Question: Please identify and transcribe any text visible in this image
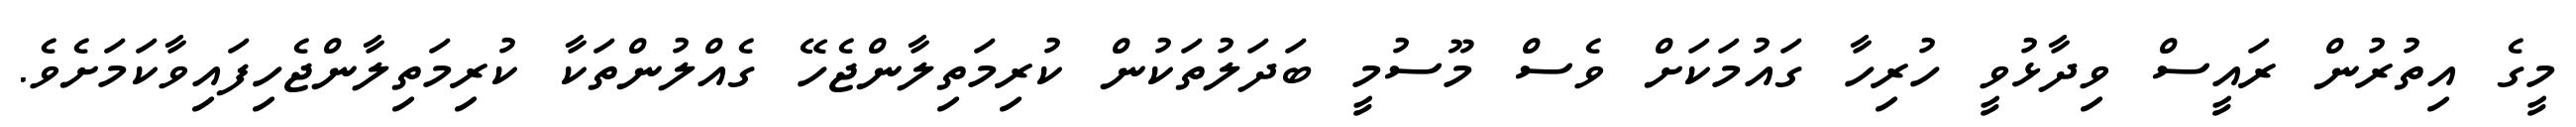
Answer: މީގެ އިތުރުން ރައީސް ވިދާޅުވީ ހުރިހާ ގައުމަކަށް ވެސް މޫސުމީ ބަދަލުތަކުން ކުރިމަތިލާންޖެހޭ ގެއްލުންތަކާ ކުރިމަތިލާންޖެހިފައިވާކަމަށެވެ.